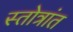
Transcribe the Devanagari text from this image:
स्तोत्रांत